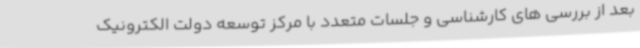
بعد از بررسی های کارشناسی و جلسات متعدد با مرکز توسعه دولت الکترونیک